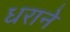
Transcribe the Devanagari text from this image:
धराने